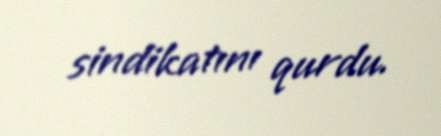
sindikatını qurdu.